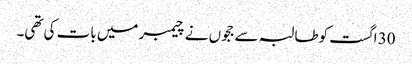
30 اگست کوطالبہ سے ججوں نے چیمبر میں بات کی تھی۔